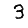
Digit: 3